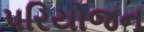
પરિયોજન